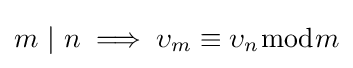
m\ |\ n\implies \upsilon _{m}\equiv \upsilon _{n}{\bmod {m}}